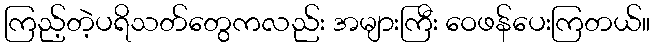
ကြည့်တဲ့ပရိသတ်တွေကလည်း အများကြီး ဝေဖန်ပေးကြတယ်။